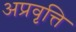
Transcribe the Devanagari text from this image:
अप्रवृत्ति